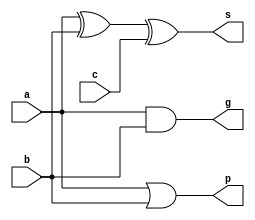
module add (a, b, c, g, p, s); // adder and g, p
input a, b, c; // inputs: a, b, c;
output g, p, s; // outputs: g, p, s;
assign s = a ^ b ^ c; // output: sum of inputs
assign g = a & b; // output: carry generator
assign p = a | b; // output: carry propagator
endmodule